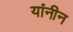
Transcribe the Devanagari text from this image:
यांनीन